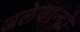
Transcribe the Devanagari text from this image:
अलेजान्द्रो